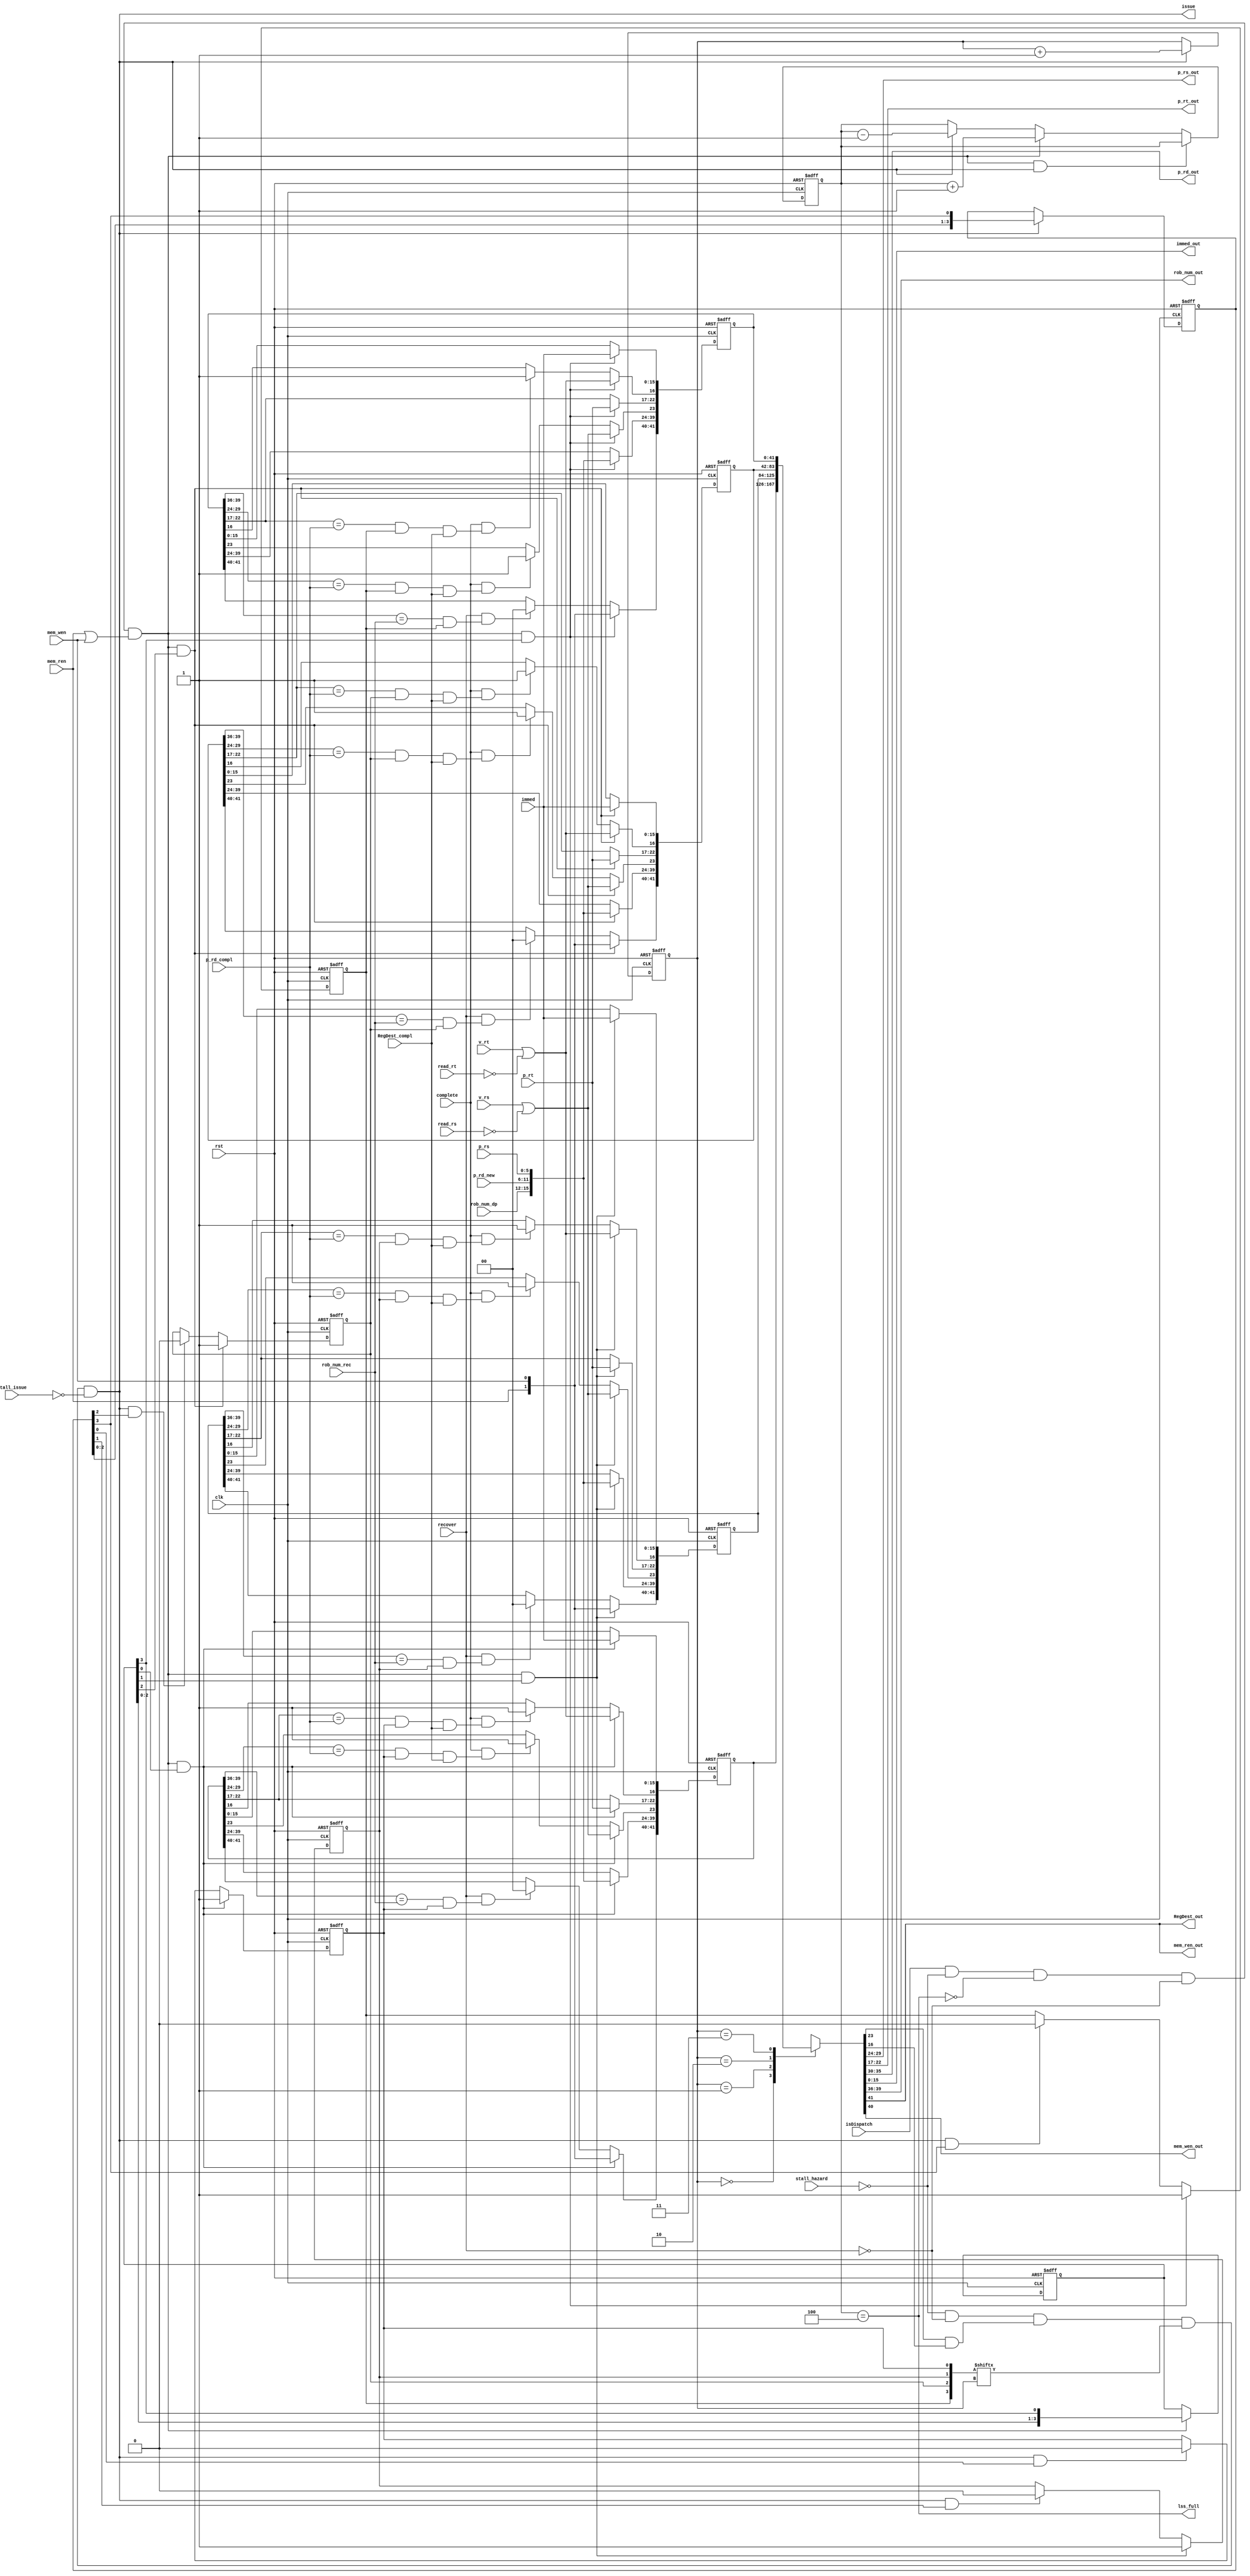
module ls_station(
     input clk, rst,
     
     //from dispatch stage
     input isDispatch,
     input [3:0] rob_num_dp,
     input [5:0] p_rd_new,            //this rd from decode stage, it is actually rt for load
     input [5:0] p_rs,
     input read_rs,                    //asserted if rs is read
     input v_rs,                       //this input is from map table, if rs is not used, set this to 1
     input [5:0] p_rt,
     input read_rt,
     input v_rt,	 
     input mem_ren, mem_wen,  //enable signal for LSQ can be generated from these two signals
     input [15:0] immed,

     input stall_hazard,
     input stall_issue,

     //from branch/jump recovery
     input recover,
     input [3:0] rob_num_rec,             //flush the instruction that has ROB match

     //from complete stage
     input [5:0] p_rd_compl,              //set the complete bit if register p_rd_compl match rs or rt
     input RegDest_compl,
     input complete,

     output [5:0] p_rs_out, p_rt_out,
     output [5:0] p_rd_out,   //part of the result
     output [15:0] immed_out,
     output [3:0] rob_num_out,
     output RegDest_out,       //for load instruction, write register, if mem_ren is 1, this must be 1, part of result
     output mem_ren_out,       //for load instruction, read memory
     output mem_wen_out,        //for store instruction, write memory
     output issue,              //asserted if an instruction issued

     output lss_full
);
    
//[41]: isLW, [40]: isST, [39:36]:rob_num, [35:30] p_rd, [29:24]: p_rs, [23]:v_rs
//[22:17]: p_rt, [16] v_rt, [15:0] immed,
reg [41:0] ls_station [0:3]; 
reg [3:0] lss_valid;          //valid array for the lss, initialized to 0, when allocate set to 1, deallocated set to 0

reg [2:0] counter; 
reg [3:0] head, tail; 
reg [1:0] head_addr; 

wire read, write;
wire head_rdy;    //the head is ready to be issued
assign write = isDispatch && !stall_hazard && !lss_full && !recover && (mem_ren || mem_wen);
assign read = !stall_hazard && !recover && head_rdy && lss_valid[head_addr] && !stall_issue;   //stall_hazard from outside, asserted if other blocks have hazard

//counter recording full or empty status
always @(posedge clk or negedge rst) begin
    if (!rst) 
        counter <= 3'b000;           
    else if (write && read)
        counter <= counter;
    else if (write)      
        counter <= counter + 1;
    else if (read)
        counter <= counter - 1;
end

assign lss_full = (counter == 3'b100);

//increase head when read, increase tail when write
always @(posedge clk or negedge rst) begin
    if (!rst) begin
        head <= 4'b0001;
        head_addr <= 2'b00;           
        tail <= 4'b0001;  
    end
    else begin
        if (write) begin     
            tail <= {tail[2:0], tail[3]};
		end
        if (read) begin
            head <= {head[2:0], head[3]};
            head_addr <= head_addr + 1;
        end			
   end
end

///////////////////////////////////combinational logic///////////////////////////////////////////////////
wire [3:0] rob_match_array;   //[2] ismatch [1:0] addr
wire [3:0] rs_match_array, rt_match_array;
//comparator array for flushing instruction
genvar j;
generate 
for (j = 0; j < 4; j = j + 1) begin : combinational
    assign rob_match_array[j] = (ls_station[j][39:36] == rob_num_rec) && lss_valid[j];
    assign rs_match_array[j] = (ls_station[j][29:24] == p_rd_compl) && lss_valid[j] && RegDest_compl;
    assign rt_match_array[j] = (ls_station[j][22:17] == p_rd_compl) && lss_valid[j] && RegDest_compl;
end
endgenerate
						 

////////////////////////////////seqnential logic///////////////////////////////////
genvar i;
generate 
    for (i = 0; i < 4; i = i + 1) begin : sequential
        always @(posedge clk or negedge rst) begin
            if (!rst) begin
                ls_station[i] <= {42{1'b0}};
                lss_valid[i] <= 1'b0;
            end
            else begin
               if (write && tail[i]) begin //this is ok, because if a entry is tail, valid[i] is 0, head[i] is 0
                   ls_station[i] <= {mem_ren, mem_wen, rob_num_dp, p_rd_new, p_rs, v_rs || (!read_rs),
                                     p_rt, v_rt || (!read_rt), immed};
                   lss_valid[i] <= 1'b1;
               end
               else begin
                   if (recover && rob_match_array[i]) begin    //flush during recovery
                       ls_station[i][41:40] <= 2'b00;
                   end
                   if (complete && rs_match_array[i]) begin   //set rs complete/valid
                       ls_station[i][23] <= 1'b1;
                   end
                   if (complete && rt_match_array[i]) begin
                       ls_station[i][16] <= 1'b1;
                   end
                   if (read && head[i]) begin
                       lss_valid[i] <= 1'b0;
                   end
               end
            end
        end
    end
endgenerate

//////////////////////////////////////issue logic outputs/////////////////////////////////////
assign head_rdy = ls_station[head_addr][23] && ls_station[head_addr][16];
assign p_rs_out = ls_station[head_addr][29:24];
assign p_rt_out = ls_station[head_addr][22:17];
assign p_rd_out = ls_station[head_addr][35:30];
assign immed_out = ls_station[head_addr][15:0];
assign RegDest_out = ls_station[head_addr][41];   //from isLW (mem_ren)
assign mem_ren_out = ls_station[head_addr][41];   //from isLW (mem_ren)
assign mem_wen_out = ls_station[head_addr][40];   //from isSW (mem_wen)
assign rob_num_out = ls_station[head_addr][39:36];
assign issue = read;
endmodule